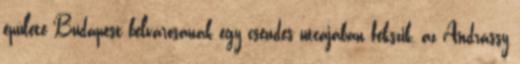
épülete Budapest belvárosának egy csendes utcájában fekszik, az Andrássy